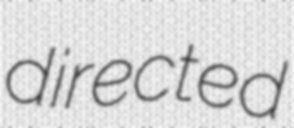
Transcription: directed